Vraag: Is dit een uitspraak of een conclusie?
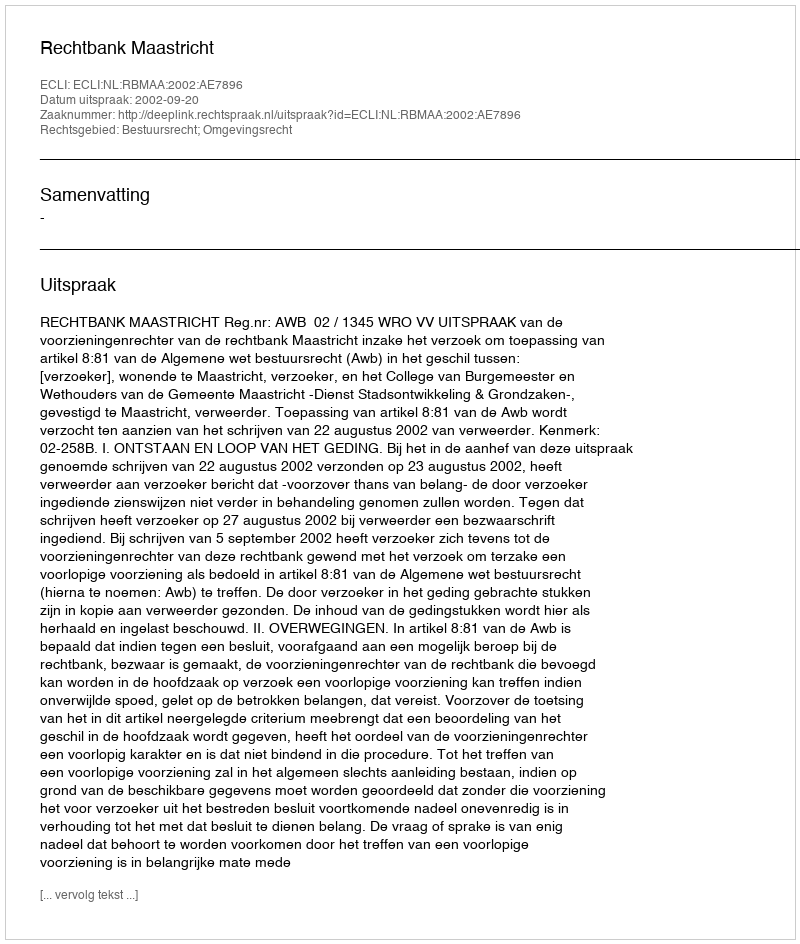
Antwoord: Uitspraak